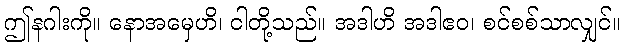
ဤနဂါးကို။ နောအမှေဟိ၊ ငါတို့သည်။ အဒါဟိ အဒါဧဝ၊ စင်စစ်သာလျှင်။